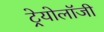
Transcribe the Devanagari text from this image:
ट्रेयोलॉजी